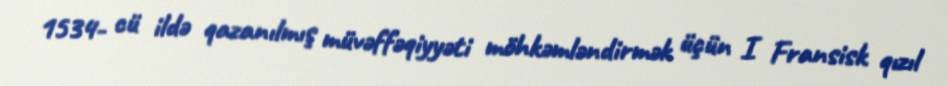
1534- cü ildə qazanılmış müvəffəqiyyəti möhkəmləndirmək üçün I Fransisk qızıl